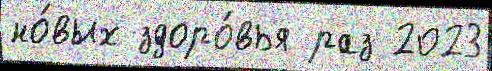
но́вых здоро́вья раз 2023